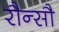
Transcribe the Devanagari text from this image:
रौन्सौ